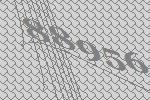
88956